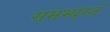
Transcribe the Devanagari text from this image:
समभ्यस्तं